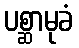
ပစ္ဆာမုခံ